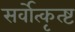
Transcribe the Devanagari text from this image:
सर्वोत्कृत्ष्ट